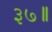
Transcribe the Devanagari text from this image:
३७॥